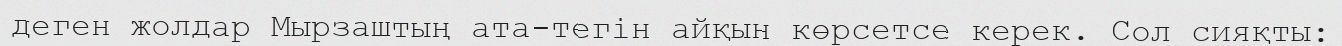
деген жолдар Мырзаштың ата-тегін айқын көрсетсе керек. Сол сияқты: